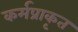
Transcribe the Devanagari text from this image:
कर्मप्राकृत